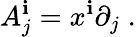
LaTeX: A_{j}^{\mathbf{i}}=x^{\mathbf{i}}\partial_{j}\; .